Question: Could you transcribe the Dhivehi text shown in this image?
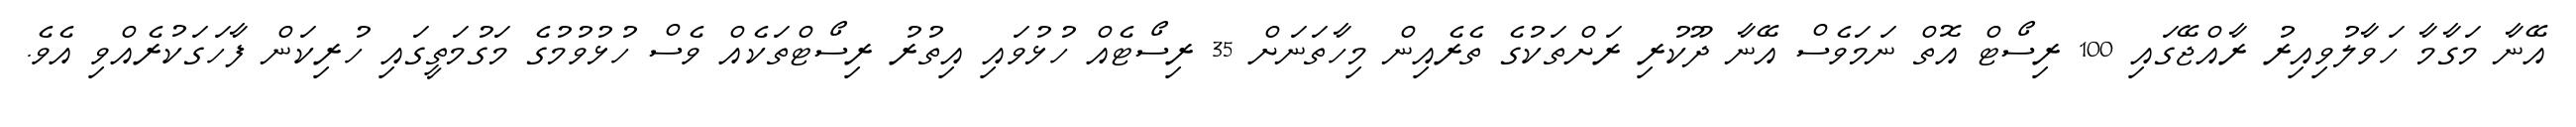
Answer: އޭނާ މަގާމާ ހަވާލުވިއިރު ރާއްޖޭގައި 100 ރިސޯޓް އޮތް ނަމަވެސް އޭނާ ދޫކުރި ރަށްތަކުގެ ތެރެއިން މިހާތަނަށް 35 ރިސޯޓެއް ހުޅުވައި އިތުރު ރިސޯޓްތަކެއް ވެސް ހުޅުވުމުގެ މަގުމަތީގައި ހުރިކަން ފާހަގަކުރެއްވި އެވެ.